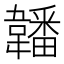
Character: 䪛